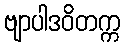
ဗျာပါဒဝိတက္က